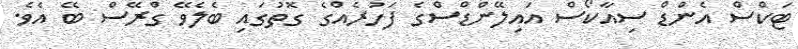
ޓަކްސް އެންޑް ސިއާކޯސް އައިލޭންޑްސްގެ ފަހުރެއްގެ ގޮތުގައި ބެލެވޭ ގްރޭސް ބޭ އެވެ.